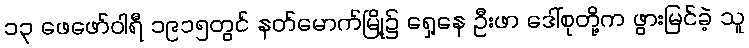
၁၃ ဖေဖော်ဝါရီ ၁၉၁၅တွင် နတ်မောက်မြို့၌ ရှေ့နေ ဦးဖာ ဒေါ်စုတို့က ဖွားမြင်ခဲ့ သူ